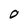
Character: 0